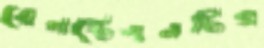
রেলস্টেশনটির